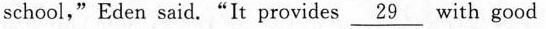
school,"Eden said."It provides \underline{29} with good